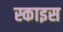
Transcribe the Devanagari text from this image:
स्काइस